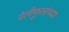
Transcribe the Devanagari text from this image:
वेलीफुलांच्या